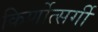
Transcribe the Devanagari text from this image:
किर्णोत्सर्गी